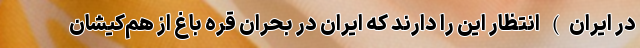
در ایران) انتظار این را دارند که ایران در بحران قره باغ از هم‌کیشان